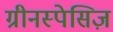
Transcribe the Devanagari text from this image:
ग्रीनस्पेसिज़